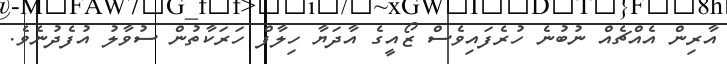
އާރިން އެއްޗެއް ނުބުނެ ހުރެފައިވެސް ޒޯއީގެ އާދަޔާ ހިލާފް ހަރަކާތުން ސުވާލު އުފެދުނެވެ.